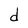
Character: d